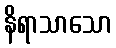
နိရာသာသော